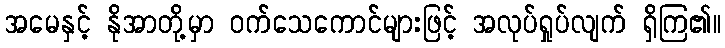
အမေနှင့် နိုအာတို့မှာ ဝက်သေကောင်များဖြင့် အလုပ်ရှုပ်လျက် ရှိကြ၏။